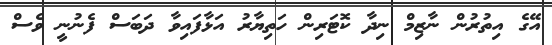
އޭގެ އިތުރުން ނާޒިމް ނިދާ ކޮޓަރިން ހަތިޔާރު އަޅާފައިވާ ދަބަސް ފެނުނީ ވެސް